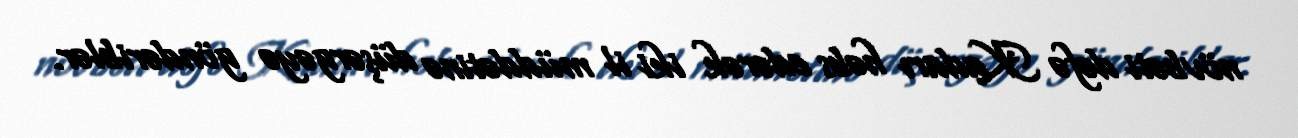
növbəti dəfə Kadarı həbs edərək iki il müddətinə düşərgəyə göndəriblər.